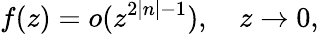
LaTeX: f(z)=o(z^{2\left|n\right|-1}),\quad z\rightarrow 0,